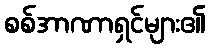
စစ်အာဏာရှင်များ၏